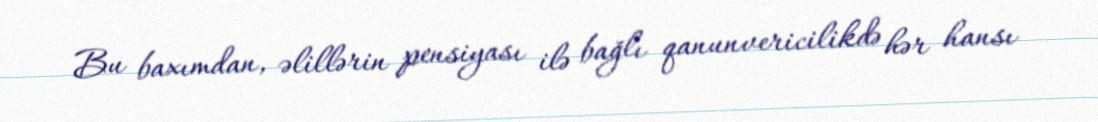
Bu baxımdan, əlillərin pensiyası ilə bağlı qanunvericilikdə hər hansı